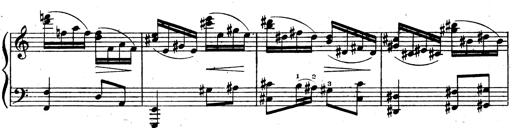
Title: 3 Sonatinas for Piano
Composer: Vissarion Shebalin